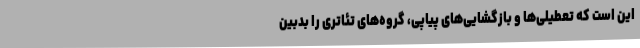
این است که تعطیلی‌ها و بازگشایی‌های پیاپی، گروه‌های تئاتری را بدبین